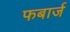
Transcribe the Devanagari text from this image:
फबार्ज